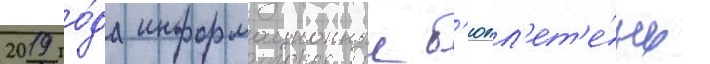
2019 го́да информационныи б'юлл'ет'е́нь